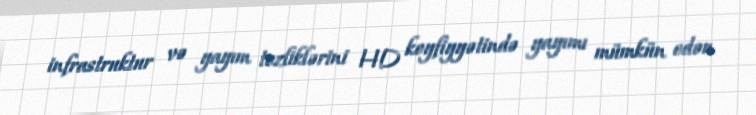
infrastruktur və yayım tezliklərini HD keyfiyyətində yayımı mümkün edən